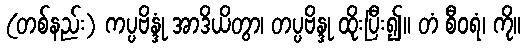
(တစ်နည်း) ကပ္ပဗိန္ဒုံ အာဒိယိတွာ၊ တပ္ပဗိန္ဒု ထိုးပြီး၍။ တံ စီဝရံ၊ ကို။